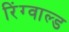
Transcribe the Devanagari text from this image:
रिंग्वाल्ड